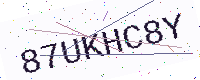
Text: 87UKHC8Y